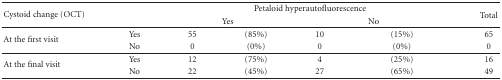
| <ROWSPAN=2> Cystoid change (OCT) |  | <COLSPAN=4> Petaloid hyperautofluorescence | Total |
 |  | <COLSPAN=2> Yes | <COLSPAN=2> No |
 | --- | --- | --- | --- | --- | --- | --- |
 | <ROWSPAN=2> At the first visit | Yes | 55 | (85%) | 10 | (15%) | 65 |
 | No | 0 | (0%) | 0 | (0%) | 0 |
 | <ROWSPAN=2> At the final visit | Yes | 12 | (75%) | 4 | (25%) | 16 |
 | No | 22 | (45%) | 27 | (65%) | 49 |